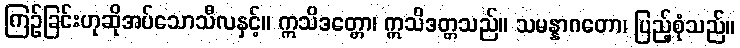
ကြဉ်ခြင်းဟုဆိုအပ်သောသီလနှင့်။ ဣသိဒတ္တော၊ ဣသိဒတ္တသည်။ သမန္နာဂတော၊ ပြည့်စုံသည်။